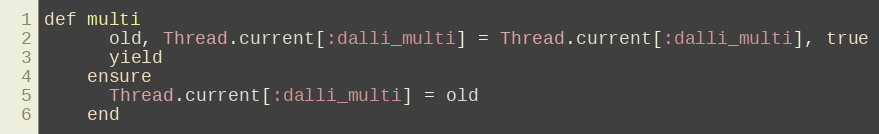
Language: Ruby
def multi
      old, Thread.current[:dalli_multi] = Thread.current[:dalli_multi], true
      yield
    ensure
      Thread.current[:dalli_multi] = old
    end